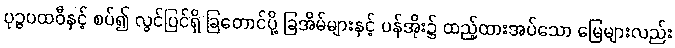
ပုဉ္ဇပထဝီနှင့် စပ်၍ လွင်ပြင်ရှိ ခြတောင်ပို့ ခြအိမ်များနှင့် ပန်အိုး၌ ထည့်ထားအပ်သော မြေများလည်း